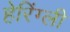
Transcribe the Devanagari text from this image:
हेरिंग्ली